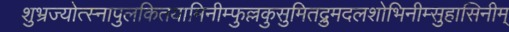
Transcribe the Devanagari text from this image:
शुभ्रज्योत्स्नापुलकितयामिनीम्फुल्लकुसुमितद्रुमदलशोभिनीम्सुहासिनीम्